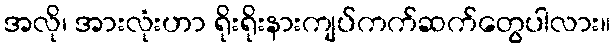
အလို၊ အားလုံးဟာ ရိုးရိုးနားကျပ်ကက်ဆက်တွေပါလား။